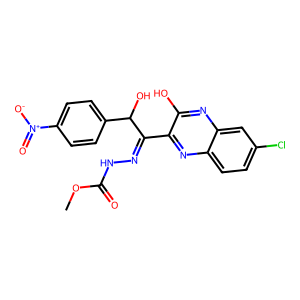
SMILES: COC(=O)NN=C(c1nc2ccc(Cl)cc2nc1O)C(O)c1ccc([N+](=O)[O-])cc1
Inhibits HIV replication: No